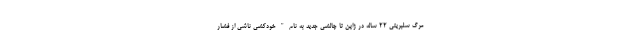
مرگ سلبریتی 22 ساله در ژاپن تا چالشی جدید به نام"خودکشی ناشی از فشار